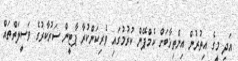
އަދި މީގެ އިތުރުން އިންތިޚާބަށް ކެމްޕޭން ކުރުމުގައި ވެރިކަންކުރާ ޕާޓީން ސަރުކާރުގެ ވަސީލަތްތައް